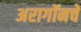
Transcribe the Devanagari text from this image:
अरागॉनचे